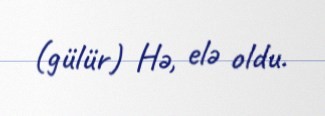
(gülür) Hə, elə oldu.